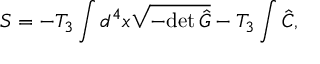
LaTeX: S = - T _ { 3 } \int d ^ { 4 } x \sqrt { - \mathrm { d e t } \, \hat { G } } - T _ { 3 } \int \hat { C } ,